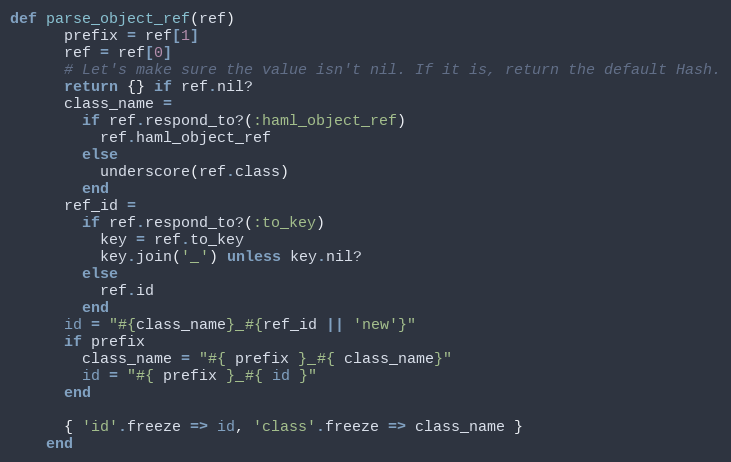
Language: Ruby
def parse_object_ref(ref)
      prefix = ref[1]
      ref = ref[0]
      # Let's make sure the value isn't nil. If it is, return the default Hash.
      return {} if ref.nil?
      class_name =
        if ref.respond_to?(:haml_object_ref)
          ref.haml_object_ref
        else
          underscore(ref.class)
        end
      ref_id =
        if ref.respond_to?(:to_key)
          key = ref.to_key
          key.join('_') unless key.nil?
        else
          ref.id
        end
      id = "#{class_name}_#{ref_id || 'new'}"
      if prefix
        class_name = "#{ prefix }_#{ class_name}"
        id = "#{ prefix }_#{ id }"
      end

      { 'id'.freeze => id, 'class'.freeze => class_name }
    end